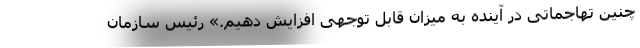
چنین تهاجماتی در آینده به میزان قابل توجهی افزایش دهیم.» رئیس سازمان